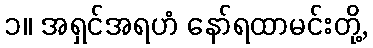
၁။ အရှင်အရဟံ နော်ရထာမင်းတို့,